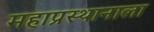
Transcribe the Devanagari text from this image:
महाप्रस्थानाला